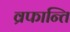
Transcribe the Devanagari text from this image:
व्रफान्ति